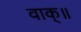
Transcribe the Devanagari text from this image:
वाक्॥